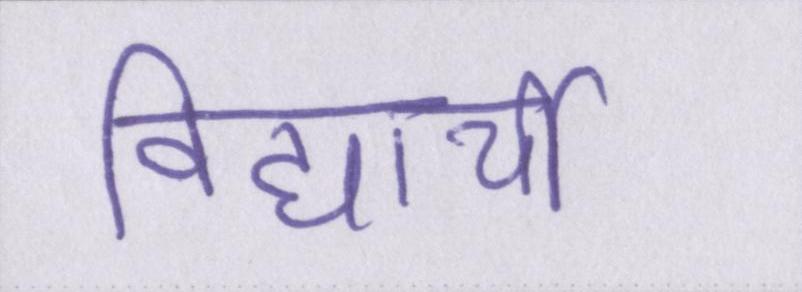
विद्यार्थी